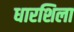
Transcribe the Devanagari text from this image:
धारशिला